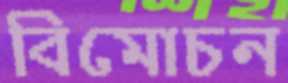
বিমোচন